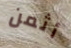
أثمن